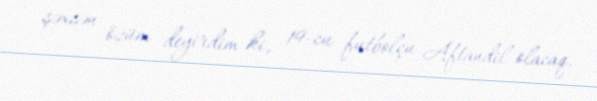
şəxsən özüm deyirdim ki, 19-cu futbolçu Aftandil olacaq.